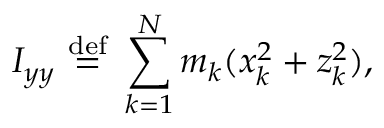
I _ { y y } \ { \stackrel { \mathrm { d e f } } { = } } \ \sum _ { k = 1 } ^ { N } m _ { k } ( x _ { k } ^ { 2 } + z _ { k } ^ { 2 } ) , \,